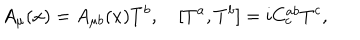
LaTeX: A _ { \mu } ( x ) = A _ { \mu b } ( x ) T ^ { b } , \quad [ T ^ { a } , T ^ { b } ] = i C _ { c } ^ { a b } T ^ { c } ,